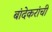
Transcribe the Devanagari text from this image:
बांदेकरांची